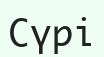
Сүрі